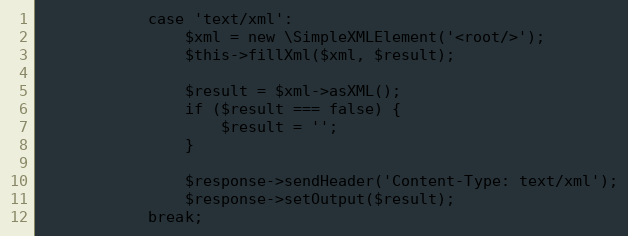
Language: PHP
            case 'text/xml':
                $xml = new \SimpleXMLElement('<root/>');
                $this->fillXml($xml, $result);

                $result = $xml->asXML();
                if ($result === false) {
                    $result = '';
                }

                $response->sendHeader('Content-Type: text/xml');
                $response->setOutput($result);
            break;